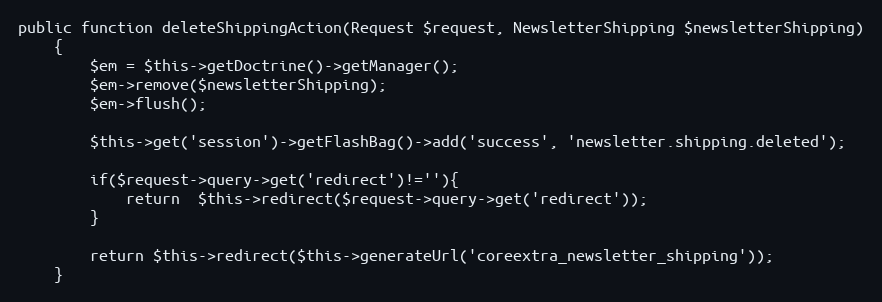
Language: PHP
public function deleteShippingAction(Request $request, NewsletterShipping $newsletterShipping)
    {
        $em = $this->getDoctrine()->getManager();
        $em->remove($newsletterShipping);
        $em->flush();

        $this->get('session')->getFlashBag()->add('success', 'newsletter.shipping.deleted');

        if($request->query->get('redirect')!=''){
            return  $this->redirect($request->query->get('redirect'));
        }

        return $this->redirect($this->generateUrl('coreextra_newsletter_shipping'));
    }